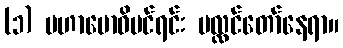
(၁) မဟာဗောဓိပင်ရင်း ပလ္လင်တော်နေရာ။